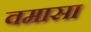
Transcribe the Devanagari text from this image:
वमासा